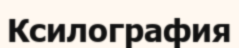
Ксилография